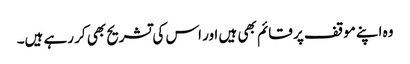
وہ اپنے موقف پر قائم بھی ہیں اور اس کی تشریح بھی کر رہے ہیں۔